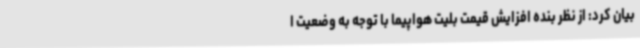
بیان کرد: از نظر بنده افزایش قیمت بلیت هواپیما با توجه به وضعیت ا